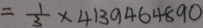
= \frac { 1 } { 3 } \times 4 1 3 9 4 6 4 8 9 0